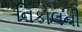
નિકોલની